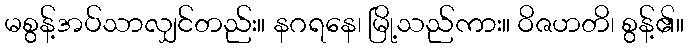
မစွန့်အပ်သာလျှင်တည်း။ နဂရနေ၊ မြို့သည်ကား။ ဝိဇဟတိ၊ စွန့်၏။